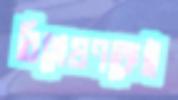
বিশ্লেষণকেই